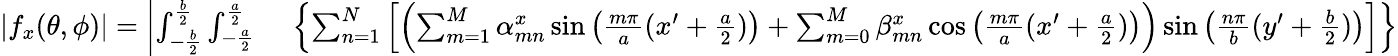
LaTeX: \begin{array}{rl}{\left|f_{x}(\theta,\phi)\right|=\left|\int_{-\frac{b}{2}}^{\frac{b}{2}}{\int_{-\frac{a}{2}}^{\frac{a}{2}}{}}\right.}&{{}\left\{ \sum_{n=1}^{N}\left[\left(\sum_{m=1}^{M}\alpha_{mn}^{x}\sin\left(\frac{m\pi}{a}(x^{\prime}+\frac{a}{2})\right)+\sum_{m=0}^{M}\beta_{mn}^{x}\cos\left(\frac{m\pi}{a}(x^{\prime}+\frac{a}{2})\right)\right)\sin\left(\frac{n\pi}{b}(y^{\prime}+\frac{b}{2})\right)\right]\right\} }\end{array}